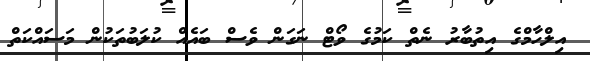
އިލްހާމްގެ އިތުބާރު ނެތް ކަމުގެ ވޯޓް ނަގަން ވެސް ބައެއް ކުލަބުތަކުން މަސައްކަތް